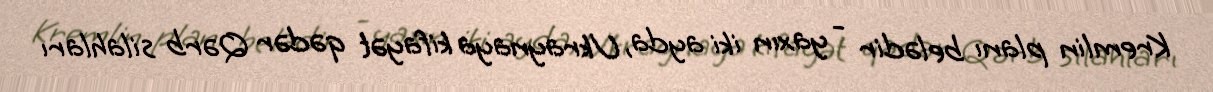
Kremlin planı belədir - yaxın iki ayda, Ukraynaya kifayət qədər Qərb silahları